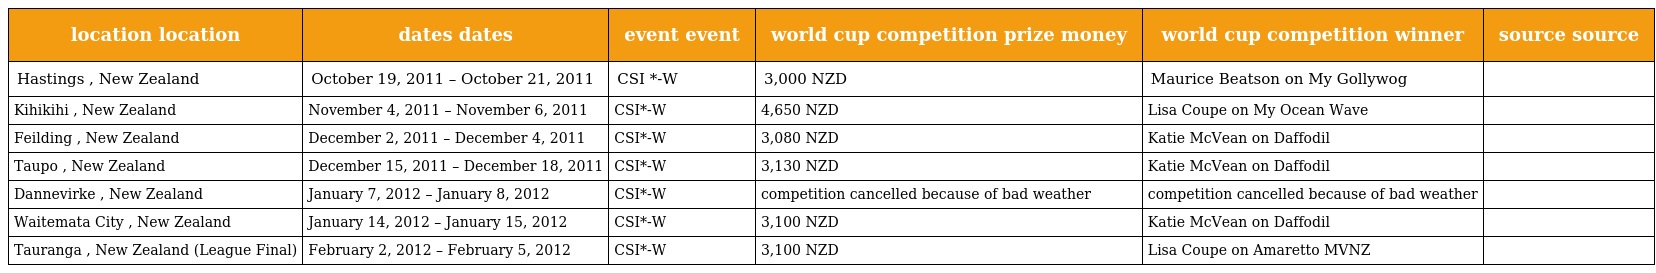
| location location | dates dates | event event | world cup competition prize money | world cup competition winner | source source |
 | --- | --- | --- | --- | --- | --- |
 | Hastings , New Zealand | October 19, 2011 – October 21, 2011 | CSI *-W | 3,000 NZD | Maurice Beatson on My Gollywog |  |
 | Kihikihi , New Zealand | November 4, 2011 – November 6, 2011 | CSI*-W | 4,650 NZD | Lisa Coupe on My Ocean Wave |  |
 | Feilding , New Zealand | December 2, 2011 – December 4, 2011 | CSI*-W | 3,080 NZD | Katie McVean on Daffodil |  |
 | Taupo , New Zealand | December 15, 2011 – December 18, 2011 | CSI*-W | 3,130 NZD | Katie McVean on Daffodil |  |
 | Dannevirke , New Zealand | January 7, 2012 – January 8, 2012 | CSI*-W | competition cancelled because of bad weather | competition cancelled because of bad weather |  |
 | Waitemata City , New Zealand | January 14, 2012 – January 15, 2012 | CSI*-W | 3,100 NZD | Katie McVean on Daffodil |  |
 | Tauranga , New Zealand (League Final) | February 2, 2012 – February 5, 2012 | CSI*-W | 3,100 NZD | Lisa Coupe on Amaretto MVNZ |  |